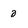
Character: o